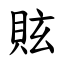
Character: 䝮